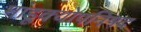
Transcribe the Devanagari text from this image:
मांडूक्योपनिषद